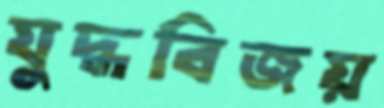
যুদ্ধবিজয়